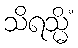
သိရသ္မိံ